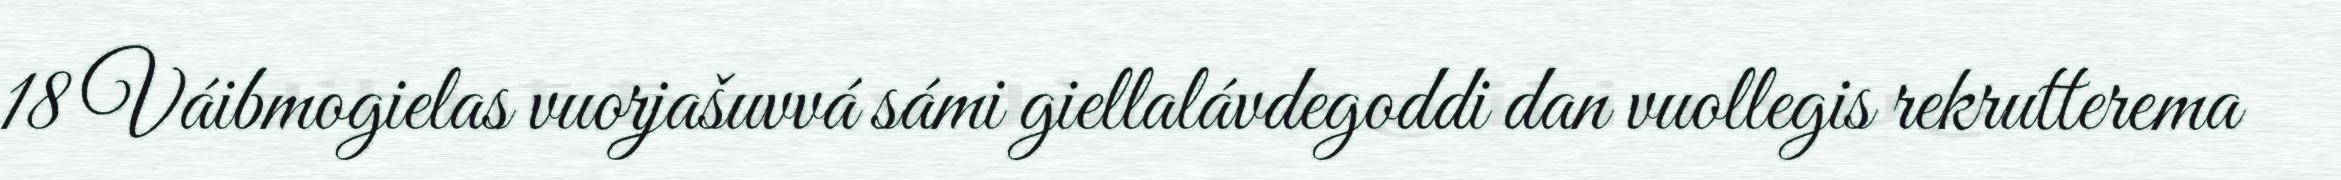
18 Váibmogielas vuorjašuvvá sámi giellalávdegoddi dan vuollegis rekrutterema